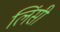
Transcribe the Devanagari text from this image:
लिंसी